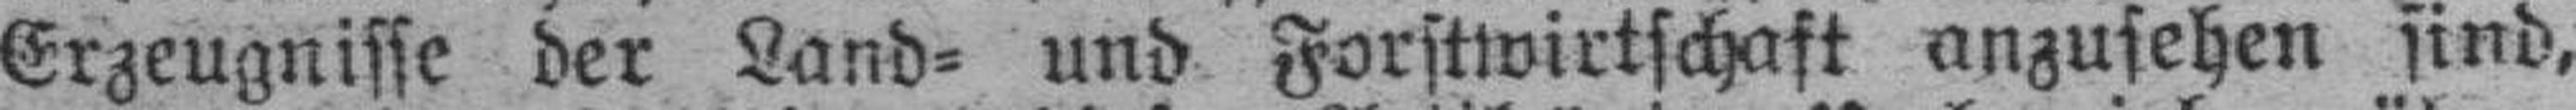
Erzeugnisse der Land= und Forstwirtschaft anzusehen sind,